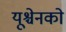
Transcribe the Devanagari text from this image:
यूश्चेनको